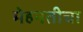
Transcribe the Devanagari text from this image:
मेहनतीचा